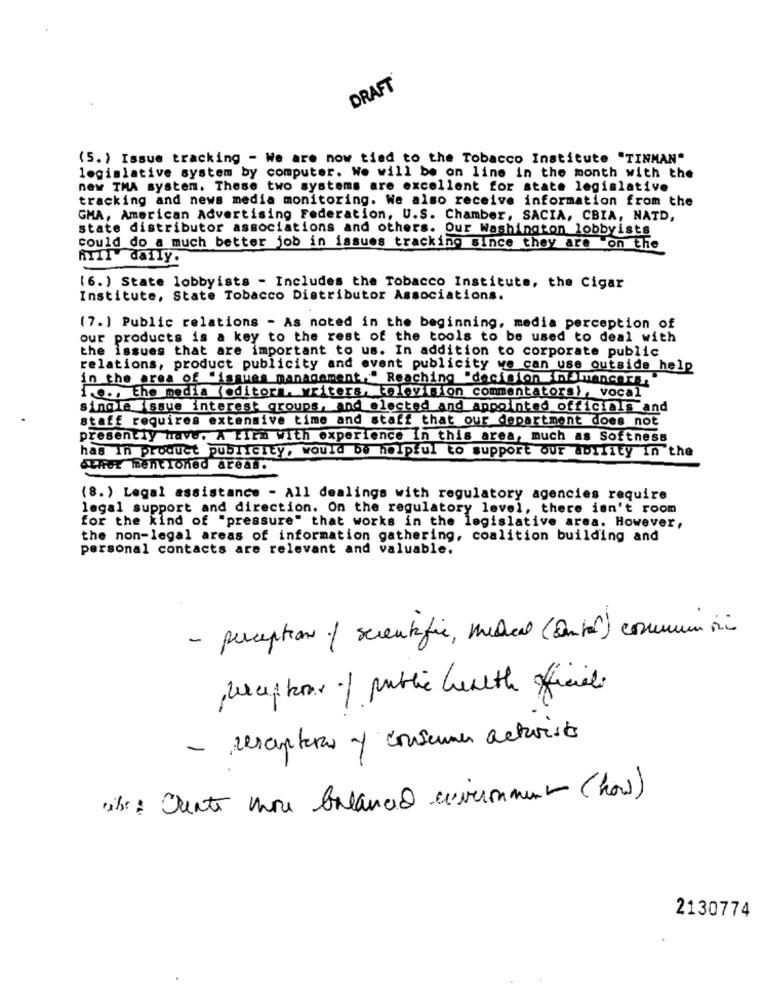
DRAFT
(5. ) Issue tracking - We are now tied to the Tobacco Institute "TINMAN"
legislative system by computer. We will be on line in the month with the
new TMA system. These two systems are excellent for state legislative
tracking and news media monitoring. We also receive information from the
GMA, American Advertising Federation, U.S. Chamber, SACIA, CBIA, NATD,
state distributor associations and others. Our Washington lobbyists
could do a much better job in issues tracking since they are on the
ATIl daily.
(6. ) State lobbyists - Includes the Tobacco Institute, the Cigar
Institute, State Tobacco Distributor Associations.
(7.) Public relations - As noted in the beginning, media perception of
our products is a key to the rest of the tools to be used to deal with
the issues that are important to us. In addition to corporate public
relations, product publicity and event publicity we can use outside help
in the area of "issues management," Reaching "decision namencars.
1 ..., the media (editor . writers, television commentators), vocal
single issue interest groups, and elected and appointed officials and
staff requires extensive time and staff that our department does not
presently have. A titm With experience In this area, much as Softness
has In product publicity, would be helpful to support our ability In the
Thet mentioned areas.
(8.) Legal assistance - All dealings with regulatory agencies require
legal support and direction. On the regulatory level, there isn't room
for the kind of "pressure" that works in the legislative area. However,
the non-legal areas of information gathering, coalition building and
personal contacts are relevant and valuable.
- perception / scientific, medical (antal) commun io
receptor of public health officials
- rescenteras y consumer activists
2130774